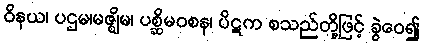
ဝိနယ၊ ပဌမ၊မဇ္ဈိမ၊ ပစ္ဆိမဝစန၊ ပိဋက စသည်တို့ဖြင့် ခွဲဝေ၍